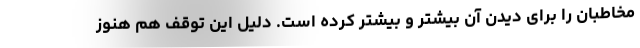
مخاطبان را برای دیدن آن بیشتر و بیشتر کرده است. دلیل این توقف هم هنوز